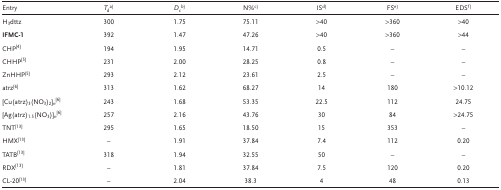
| Entry | Tda) | Dcb) | N%c) | ISd) | FSe) | EDSf) |
 | --- | --- | --- | --- | --- | --- | --- |
 | H3dttz | 300 | 1.75 | 75.11 | >40 | >360 | >40 |
 | IFMC‐1 | 392 | 1.47 | 47.26 | >40 | >360 | >44 |
 | CHP4 | 194 | 1.95 | 14.71 | 0.5 | – | – |
 | CHHP5 | 231 | 2.00 | 28.25 | 0.8 | – | – |
 | ZnHHP5 | 293 | 2.12 | 23.61 | 2.5 | – | – |
 | atrz6 | 313 | 1.62 | 68.27 | 14 | 180 | >10.12 |
 | [Cu(atrz)3(NO3)2]n6 | 243 | 1.68 | 53.35 | 22.5 | 112 | 24.75 |
 | [Ag(atrz)1.5(NO3)]n6 | 257 | 2.16 | 43.76 | 30 | 84 | >24.75 |
 | TNT13 | 295 | 1.65 | 18.50 | 15 | 353 | – |
 | HMX13 | – | 1.91 | 37.84 | 7.4 | 112 | 0.20 |
 | TATB13 | 318 | 1.94 | 32.55 | 50 | – | – |
 | RDX13 | – | 1.81 | 37.84 | 7.5 | 120 | 0.20 |
 | CL‐2013 | – | 2.04 | 38.3 | 4 | 48 | 0.13 |